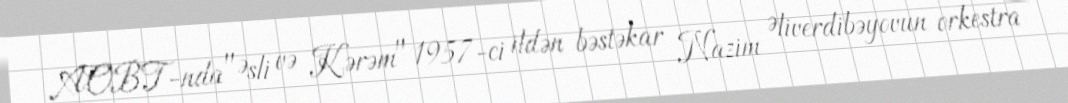
AOBT-nda "Əsli və Kərəm" 1957-ci ildən bəstəkar Nazim Əliverdibəyovun orkestra